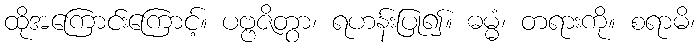
ထိုအကြောင်းကြောင့်။ ပဗ္ဗဇိတွာ၊ ရဟန်းပြု၍။ ဓမ္မံ၊ တရားကို။ စရာမိ၊